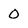
Character: 0